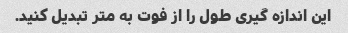
این اندازه گیری طول را از فوت به متر تبدیل کنید.